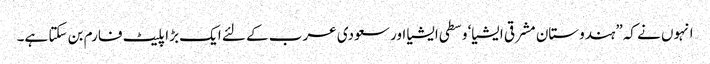
انہوں نے کہ”ہندوستان مشرقی ایشیا‘ وسطی ایشیا اور سعودی عرب کے لئے ایک بڑا پلیٹ فارم بن سکتا ہے۔